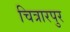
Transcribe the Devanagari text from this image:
चित्रारपुर